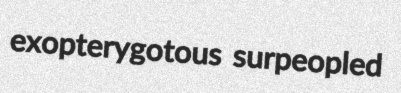
exopterygotous surpeopled